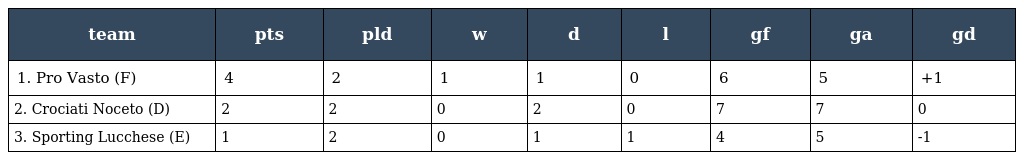
| team | pts | pld | w | d | l | gf | ga | gd |
 | --- | --- | --- | --- | --- | --- | --- | --- | --- |
 | 1. Pro Vasto (F) | 4 | 2 | 1 | 1 | 0 | 6 | 5 | +1 |
 | 2. Crociati Noceto (D) | 2 | 2 | 0 | 2 | 0 | 7 | 7 | 0 |
 | 3. Sporting Lucchese (E) | 1 | 2 | 0 | 1 | 1 | 4 | 5 | -1 |